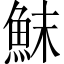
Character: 䱅